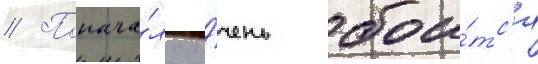
// Понача́лу о́чень бои́тс'я